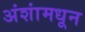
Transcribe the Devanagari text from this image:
अंशांमधून